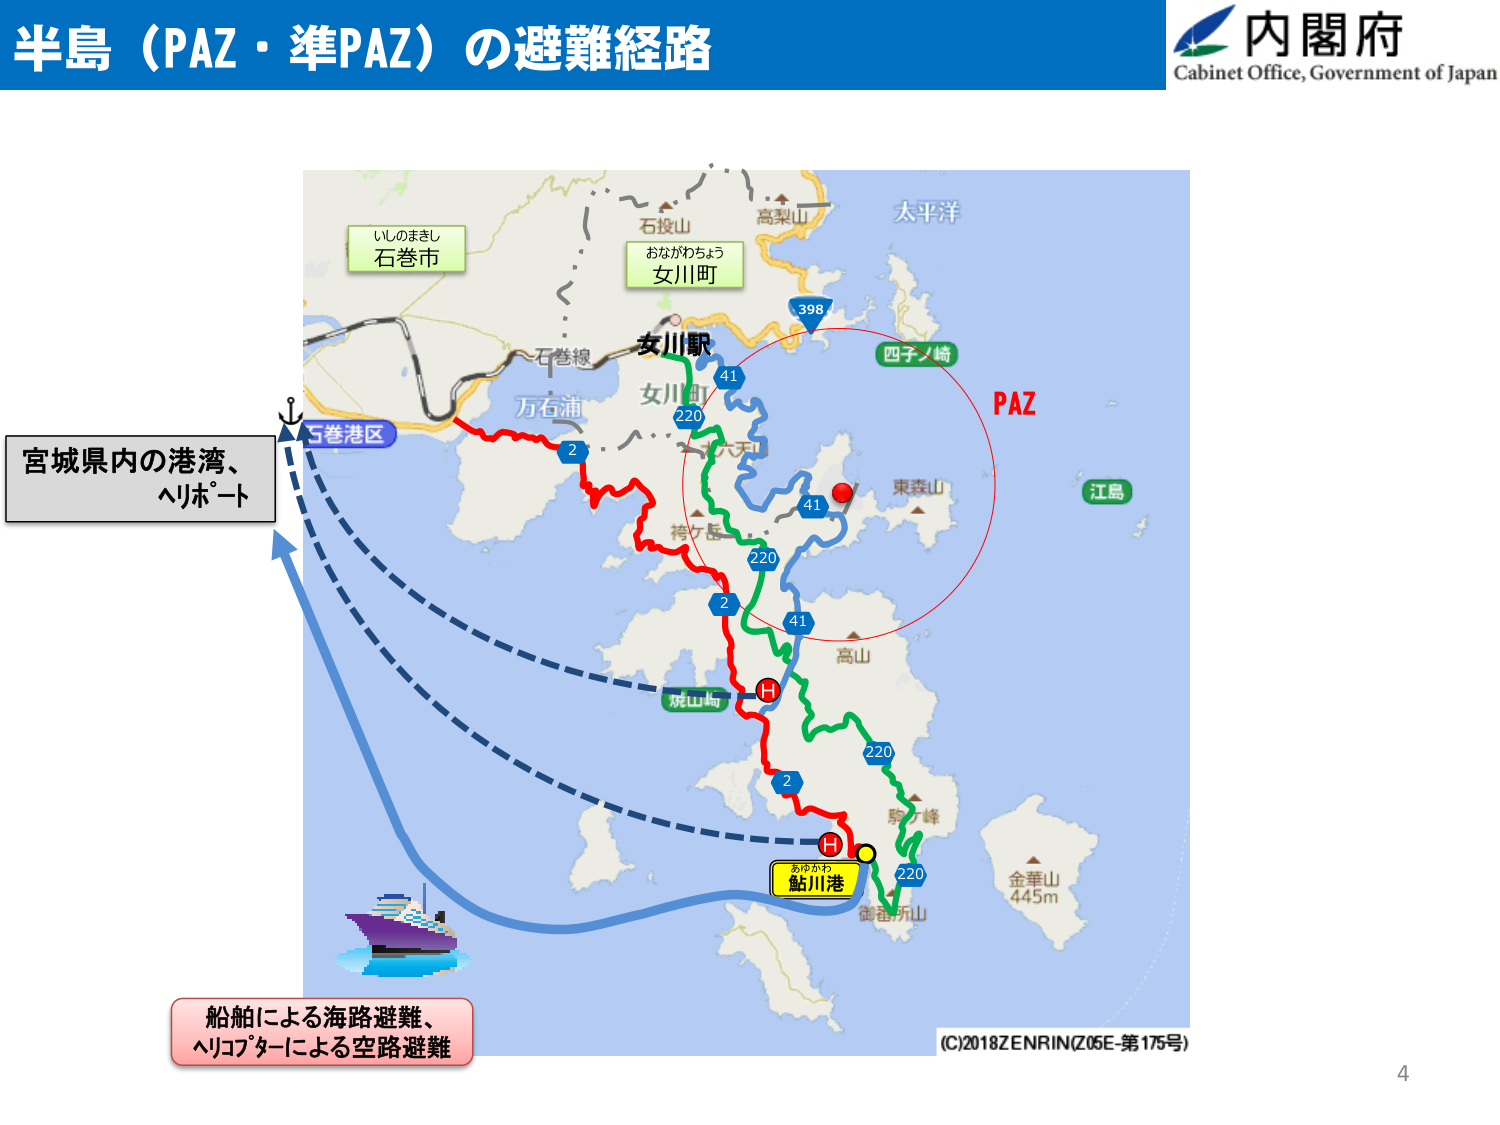
半島（PAZ・準PAZ）の避難経路
内閣府
Cabinet Office, Government of Japan
いしのまきし
石巻市
おながわちょう
女川町
石巻線
女川駅
万石浦
398
四子ノ崎
PAZ
江島
220
41
41
東森山
高山
41
220
2
2
焼山崎
H
H
あゆがわ
鮎川港
220
220
駒ヶ峰
御岳所山
金華山
445m
宮城県内の港湾、
ヘリポート
船舶による海路避難、
ヘリコプターによる空路避難
(C)2018 ZENRIN (Z05E-第175号)
4
太平洋
石投山
高梨山
六天山
袴ヶ岳
太
平
洋